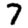
Digit: 7